Report on vaccination North-West Frontier Province 1904-1922 - 1904-1922
Year: 1904
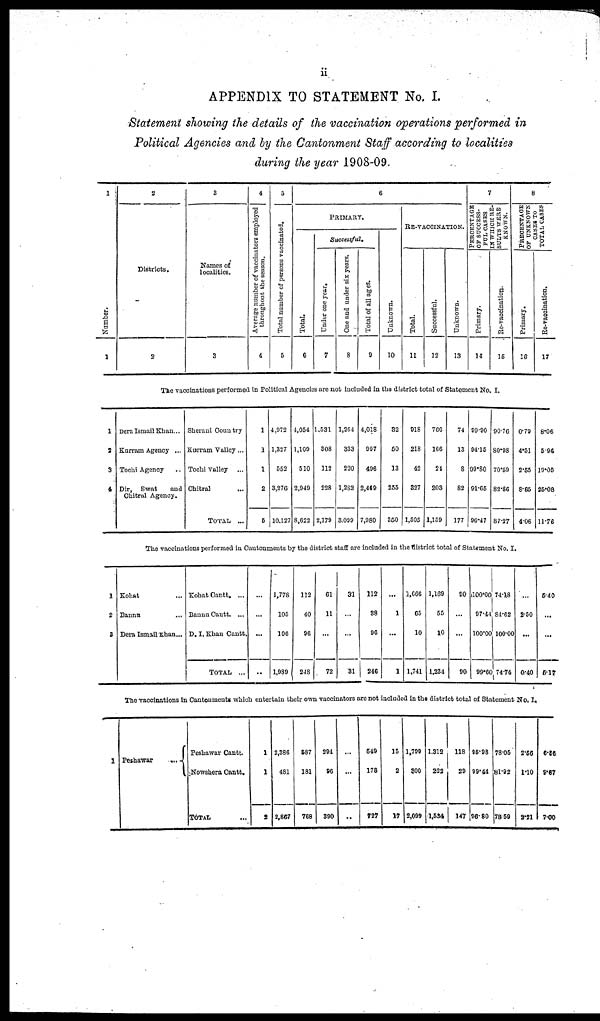
ii
APPENDIX TO STATEMENT No. I.
Statement showing the details of the vaccination operations performed in
Political Agencies and by the Cantonment Staff according to localities
during the year 1908-09.
1
Number.
1
2
Districts.
2
3
Names of
localities.
3
4
Average number of vaccinators employed
throughout the season.
4
6
Total number of persons vaccinated.
5
6
PRIMARY.
Total.
6
Successful.
Under one year.
7
One and under six years.
8
Total of all ages.
9
Unknown.
10
RE-VACCINATION.
Total.
11
Successful.
12
Unknown.
13
7
PERCENTAGE
OF SUCCESS-
--- CASES
IN WHICH RE¬
SULTS WERE
KNOWN.
Primary.
14
Re-vaccination.
15
6
PRECENTAGE
OF UNKNOWN
CASES TO
TOTAL CASES
Primary.
16
Re-vaccination.
17
The vaccinations performed in Political Agencies are not included in the district total of Statement No. I.
1
2
3
4
Dera Ismail Khan ...
Kurram Agency ...
Tochi Agency ...
Dir, Swat
and
Chitral Agency.
Sherani Country
Kurram Valley ...
Tochi valley
...
Chitral ...
TOTAL ...
1
1
1
2
5
4,972
1,327
552
3,276
10,127
4,054
1,100
510
2,949
8,622
1,531
308
112
228
2,179
l,264
333
220
1,282
3,099
4,018
997
496
2,468
7,980
32
60
13
255
350
918
218
42
357
1,505
766
166
24
203
1,159
74
13
8
82
177
99.90
94.15
99.80
91.65
96.47
90.76
80.93
70.59
82.86
87.27
0.79
4.51
2.55
8.85
4.06
8.06
5.96
19.05
25.08
11.76
The vaccinations performed in Cantonments by the district staff are included in the district total of Statement No. I.
1
2
3
Kohat ...
Banna ...
Dera Ismail Khan ...
Kohat Cantt. ...
Bannu Cantt. ...
D. I. Khan Cantt.
TOTAL ...
...
...
...
...
1,778
105
106
1,989
112
40
96
248
61
11
...
72
31
...
...
31
112
38
96
246
...
1
...
1
1,666
63
10
1,741
1,169
55
10
1,234
90
...
...
90
100.00
97.44
100.00
99.60
74.48
84.62
100.00
74.74
...
2.50
...
0.40
5.40
...
...
5.17
The vaccinations in Cantonments which entertain their own vaccinators are not included in the district total of Statement No. I.
1 Peshawar
...
Peshawar Cantt.
Nowshera Cantt.
TOTAL ...
1
1
2
2,386
481
2,867
587
181
768
294
96
390
...
...
...
549
178
727
15
2
17
1,799
300
2,099
1,312
222
1,534
118
29
147
95.98
99.44
96.80
78.05
81.92
78.59
2.56
1.10
2.21
6.56
9.67
7.00